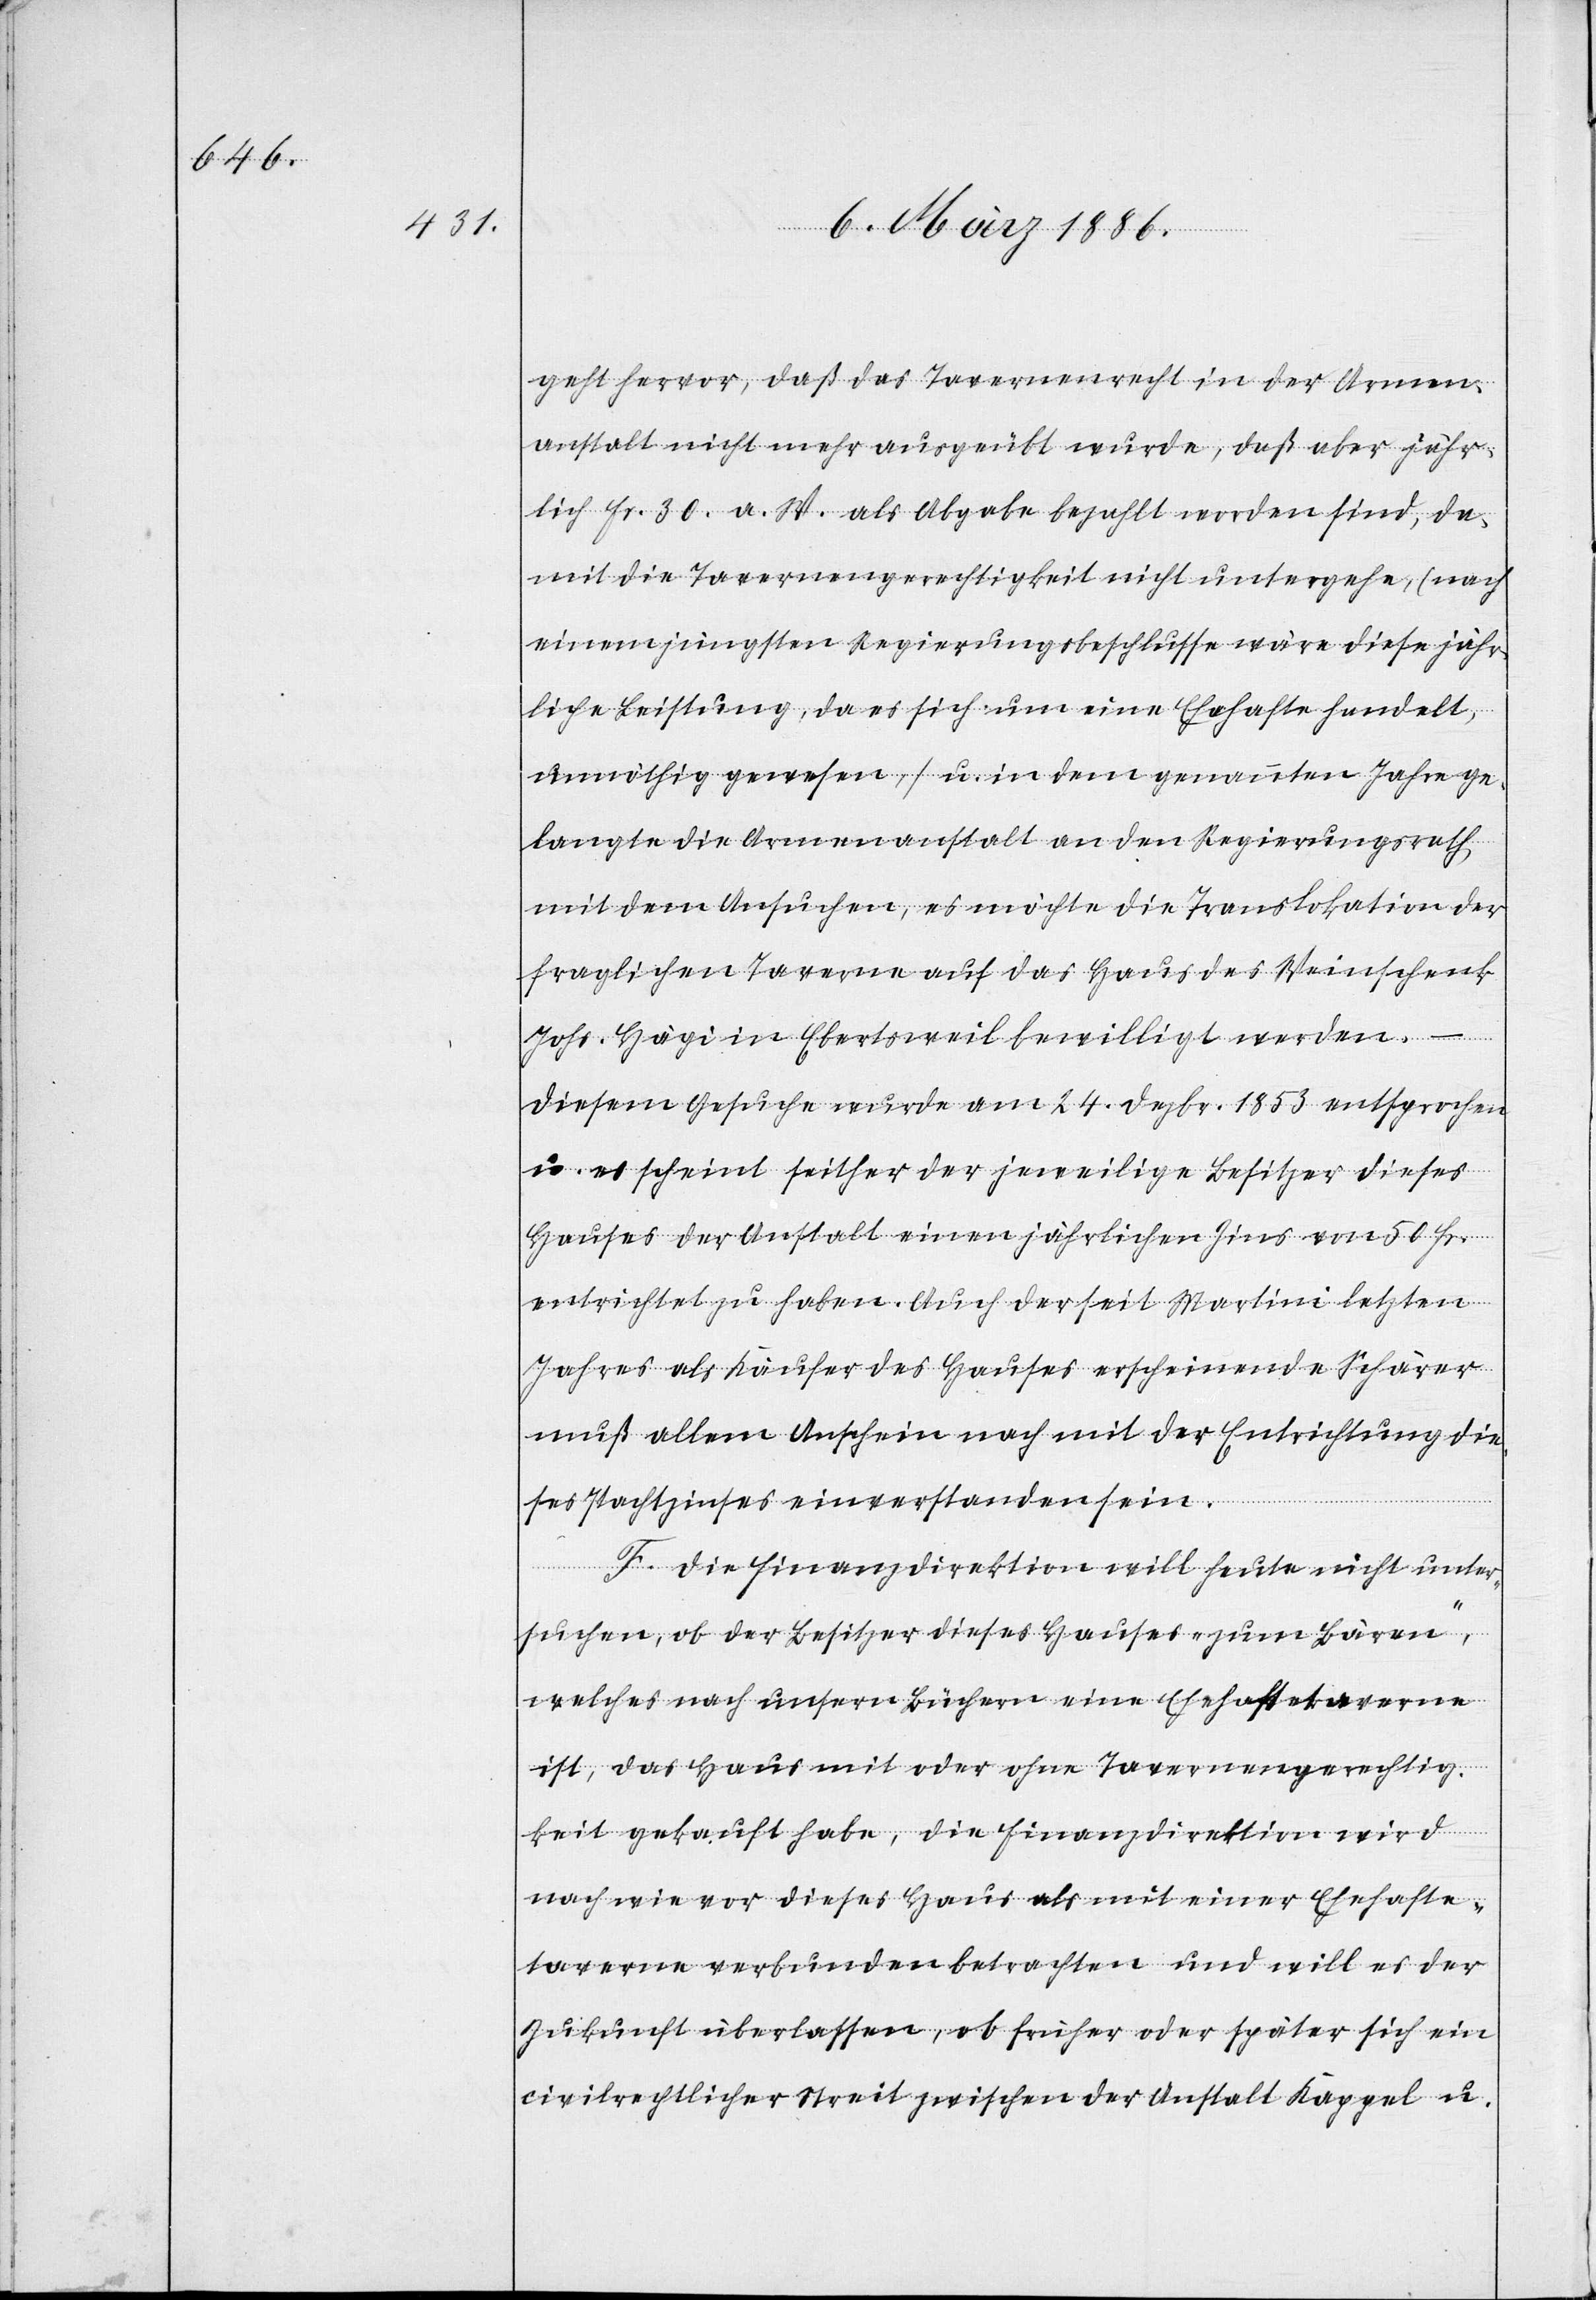
geht hervor, daß das Tavernenrecht in der Armen¬
anstalt nicht mehr ausgeübt wurde, daß aber jähr¬
lich Fr. 30 u. W. als Abgabe bezahlt worden sind, da¬
mit die Tavernengerechtigkeit nicht untergehe, (nach
einem jüngsten Regierungsbeschlusse wäre diese jähr¬
liche Leistung, da es sich um eine Ehehafte handelt,
unnöthig gewesen,) u. in dem genannten Jahre ge¬
langte die Armenanstalt an den Regierungsrath,
mit dem Ansuchen, es möchte die Translokation der
fraglichen Taverne auf das Haus des Weinschenk
Johs. Hägi in Ebertsweil bewilligt werden.
Diesem Gesuche wurde am 24. Dezbr. 1853 entsprochen
u. es scheint seither der jeweilige Besitzer dieses
Hauses der Anstalt einen jährlichen Zins von 50 Fr.
entrichtet zu haben. Auch der seit Martini letzten
Jahres als Käufer des Hauses erscheinende Schärer
muß allem Anschein nach mit der Entrichtung die¬
ses Pachtzinses einverstanden sein.
F. Die Finanzdirektion will heute nicht unter¬
suchen, ob der Besitzer dieses Hauses „zum Bären“,
welches nach unsern Büchern eine Ehehaftetaverne
ist, das Haus mit oder ohne Tavernengerechtig¬
keit gekauft habe, die Finanzdirektion wird
nach wie vor dieses Haus als mit einer Ehehafte¬
taverne verbunden betrachten und will es der
Zukunft überlassen, ob früher oder später sich ein
civilrechtlicher Streit zwischen der Anstalt Kappel u.